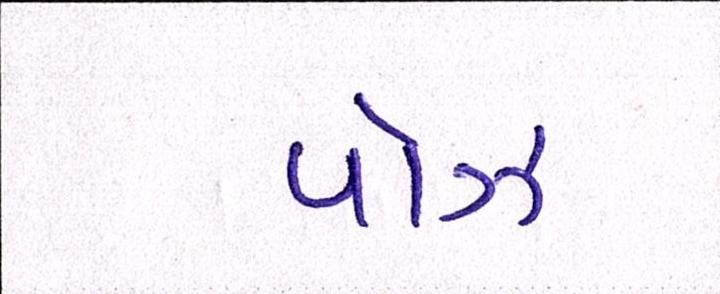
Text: પૉઝ